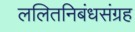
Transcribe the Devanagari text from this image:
ललितनिबंधसंग्रह